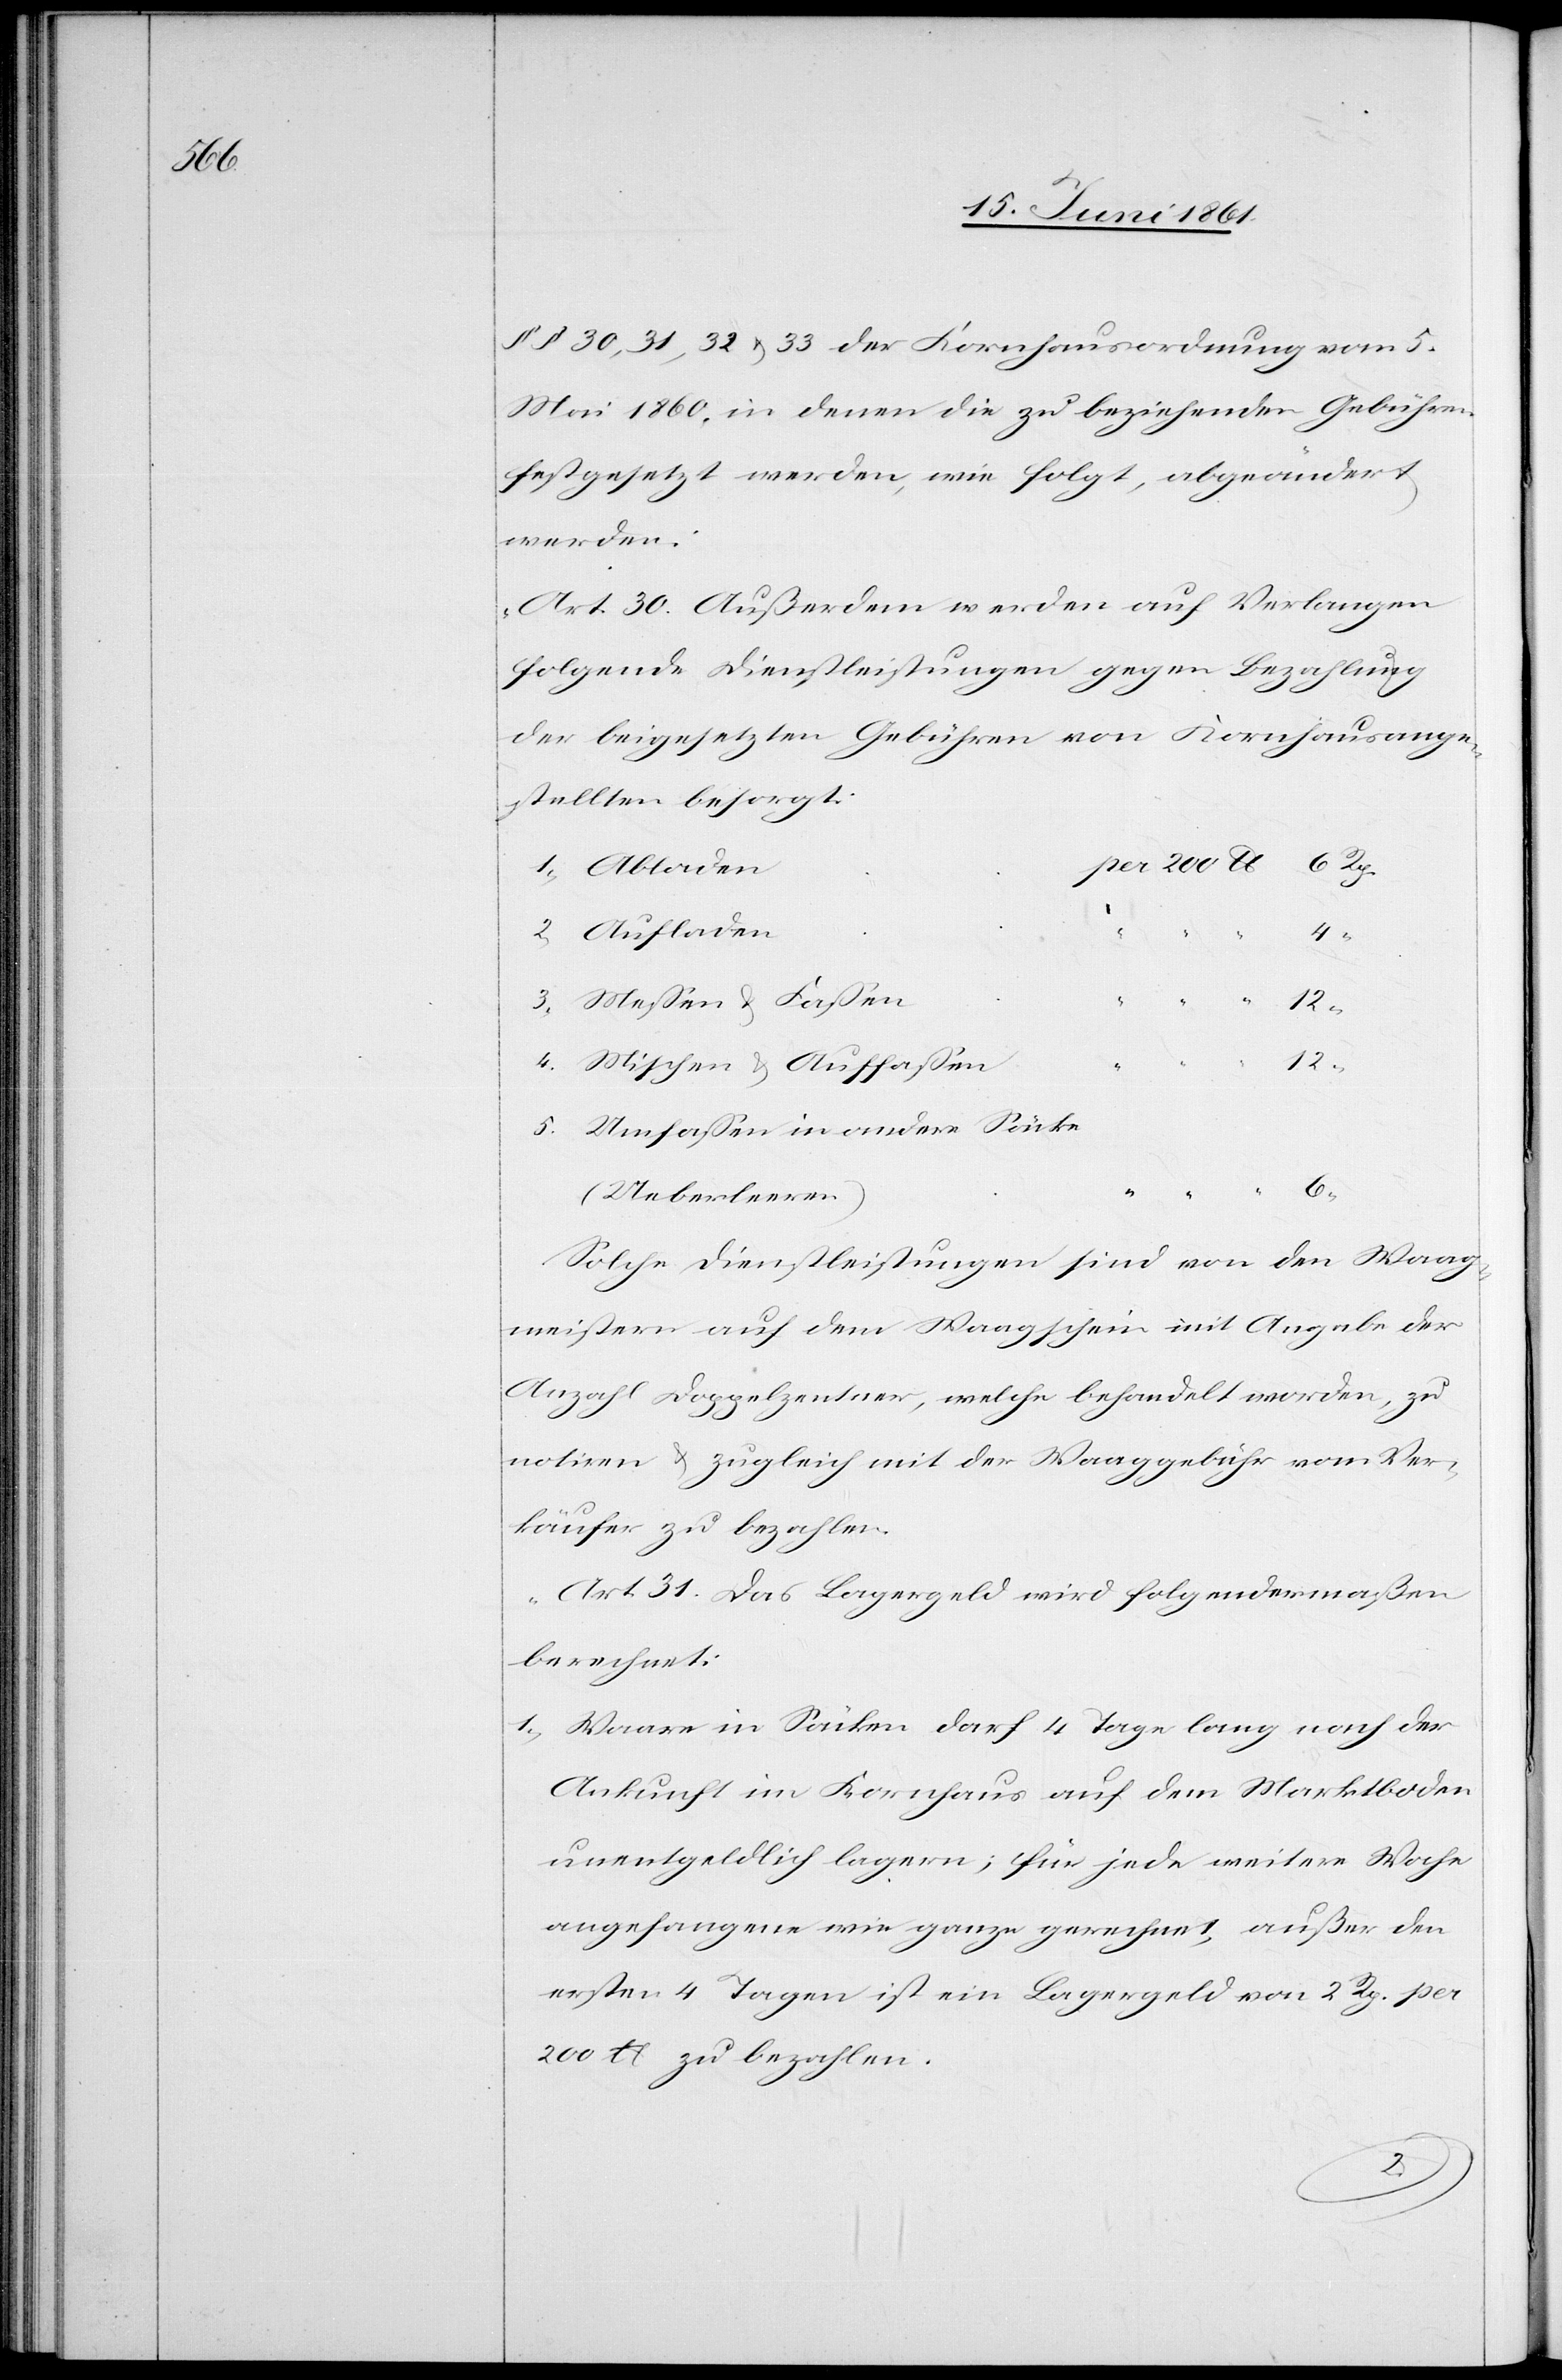
§§ 30, 31, 32 u. 33 der Kornhausordnung vom 5.
Mai 1860, in denen die zu beziehenden Gebühren
festgesetzt werden, wie folgt, abgeändert
werden:
„Art. 30. Außerdem werden auf Verlangen
folgende Dienstleistungen gegen Bezahlung
der beigesetzten Gebühren von Kornhausange¬
stellten besorgt:
4.
12
12
Mischen u. Auffassen
Umfassen in andere Säcke
5.
(Ueberleeren)
Solche Dienstleistungen sind von den Waag¬
meistern auf dem Waagschein mit Angabe der
Anzahl Doppelzentner, welche behandelt worden, zu
notiren u. zugleich mit der Waaggebühr vom Ver¬
käufer zu bezahlen.
Art. 31. Das Lagergeld wird folgendermaßen
berechnet:
1. Waare in Säcken darf 4 Tage lang nach der
Ankunft im Kornhaus auf dem Marktboden
unentgeldlich lagern; für jede weitere Woche
angefangene wie ganze gerechnet, außer den
ersten 4 Tagen ist ein Lagergeld von 2 Rp. per
200 lb zu bezahlen.